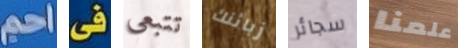
احم فى تتبعي زبائنك سجائر علمنا